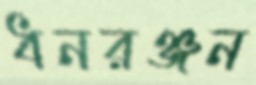
ধনরঞ্জন